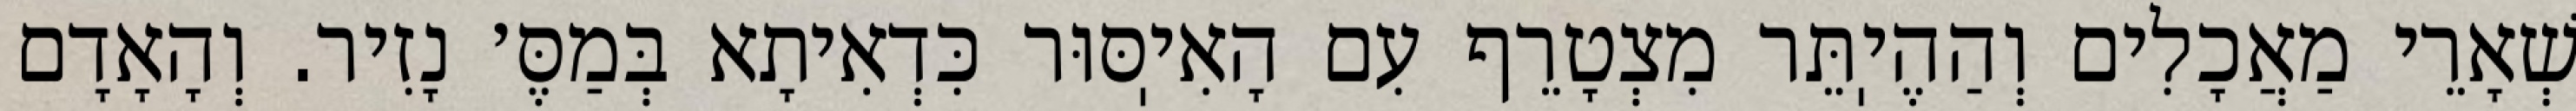
שְׁאָרֵי מַאֲכָלִים וְהַהֶיֽתֵּר מִצְטָרֵף עִם הָאִיֽסּוּר כִּדְאִיתָא בְּמַסֶּ׳ נָזִיר. וְהָאָדָם